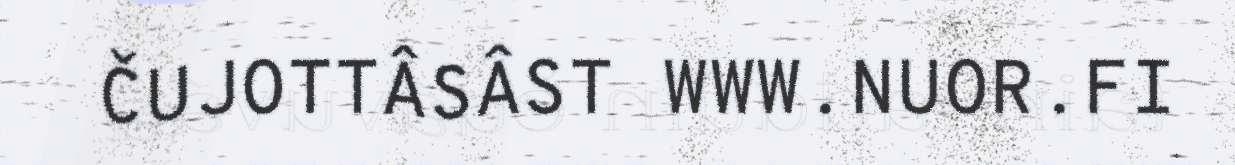
ČUJOTTÂSÂST WWW.NUOR.FI